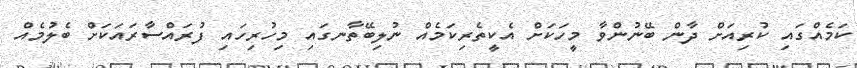
ކަމެއްގައި ކުރިއަށް ދާން ބޭނުންވާ މީހަކަށް އެކީތެރިކަމެއް ނުލިބޭތާނގައި މިހުރިހައި ފުރައްސާރައަކަށް ބެލުމެއް